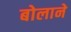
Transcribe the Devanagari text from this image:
बोलाने